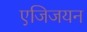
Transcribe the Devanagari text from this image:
एजिजयन